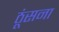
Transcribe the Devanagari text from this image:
ठूंसना